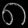
Digit: ၈